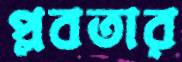
প্লবতার